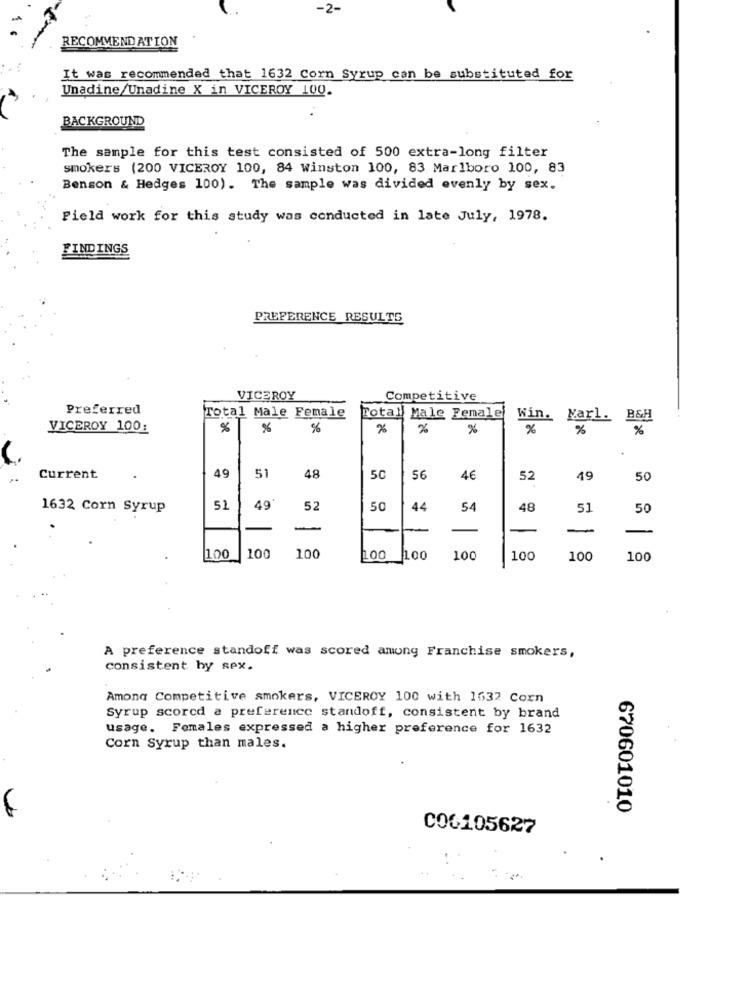
-2-
RECOMMEND ATION
It was recommended that 1632 Corn Syrup can be substituted for
Unadine/Unadine X in VICEROY 100.
BACKGROUND
The sample for this test consisted of 500 extra-long filter
smokers (200 VICEROY 100, 84 winston 100, 83 Marlboro 100, 83
Benson & Hedges 100). The sample was divided evenly by sex.
Field work for this study was conducted in late July, 1978.
FINDINGS
PREFERENCE RESULTS
VICEROY
Competitive
Preferred
Total Male Female
Total Male Female
Win. Karl.
B&H
VICEROY 100:
%
%
%
%
%
%
%
%
%
51
Current
48
50
56
4€
52
49
50
49*
1632 Corn Syrup
51
52
50
44
54
48
51
50
-
100
100
100
100
100
100
100
100
A preference standoff was scored among Franchise smokers,
consistent hy sex.
Amona Competitive smokers, VICEROY 100 with 1632 Corn
Syrup scorcd a preference standoff, consistent by brand
usage. Females expressed a higher preference for 1632
Corn Syrup than males.
670601010
C06105627